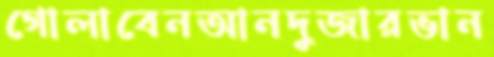
গোলাবেনআনদুজারভান